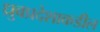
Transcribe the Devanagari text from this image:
ध्रुवप्रदेशाकडील